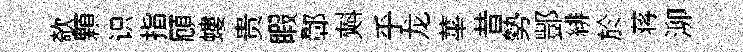
欹顆识指頋螻贵睱鄣𣂏乎龙蕐昔勢酆緋於蒋泖